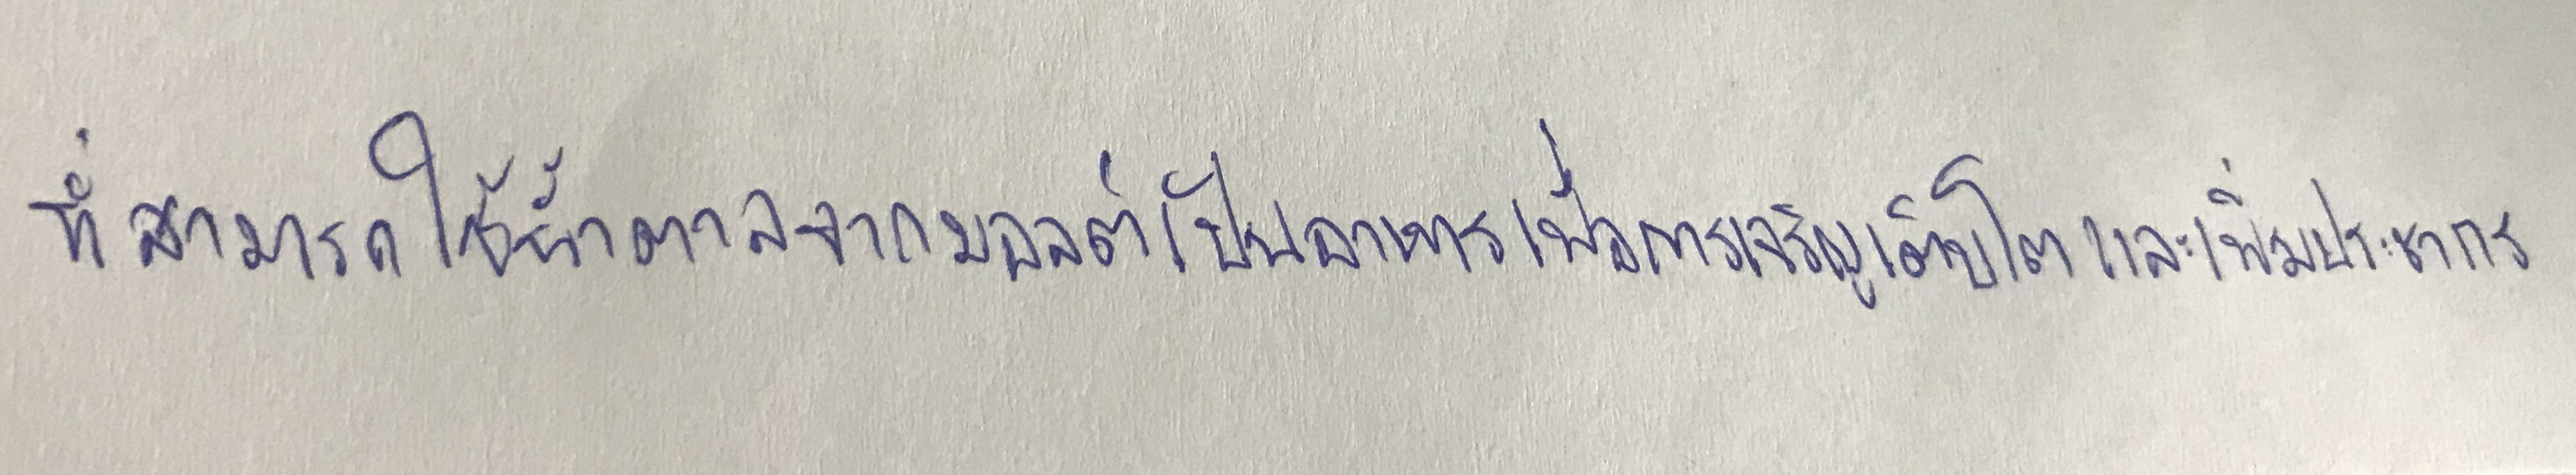
ที่สามารถใช้น้ำตาลจากมอลต์เป็นอาหารเพื่อการเจริญเติบโตและเพิ่มประชากร